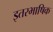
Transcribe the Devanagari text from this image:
इतरभाषिक